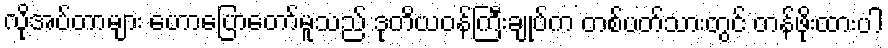
လိုအပ်တာများ ဟောပြောတော်မူသည် ဒုတိယဝန်ကြီးချုပ်က တစ်ပတ်သားတွင် တန်ဖိုးထားပါ